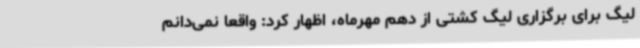
لیگ برای برگزاری لیگ کشتی از دهم مهرماه، اظهار کرد: واقعا نمی‌دانم